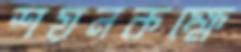
শয়নকক্ষে